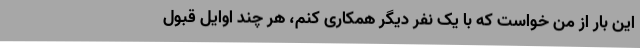
این بار از من خواست که با یک نفر دیگر همکاری کنم، هر چند اوایل قبول